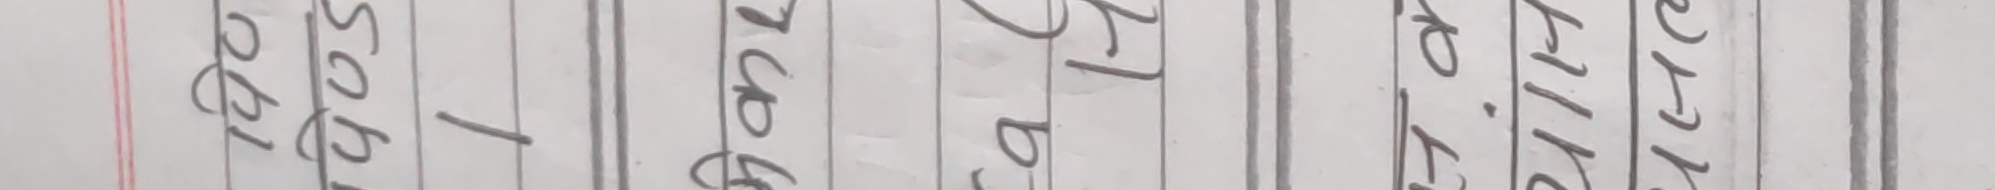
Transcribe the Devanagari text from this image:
२०२१ सो १६।०४।२१२४